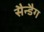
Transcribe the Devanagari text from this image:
सैन्डैग